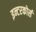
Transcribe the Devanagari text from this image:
इन्टरकोर्स